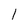
Character: l